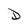
Character: D